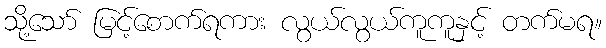
သို့သော် မြင့်စောက်ရကား လွယ်လွယ်ကူကူနှင့် တက်မရ။